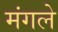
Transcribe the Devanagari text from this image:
मंगले